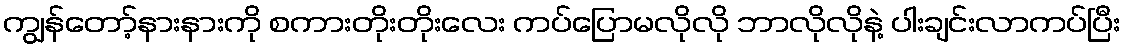
ကျွန်တော့်နားနားကို စကားတိုးတိုးလေး ကပ်ပြောမလိုလို ဘာလိုလိုနဲ့ ပါးချင်းလာကပ်ပြီး